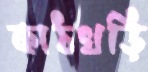
কাঠখড়ি